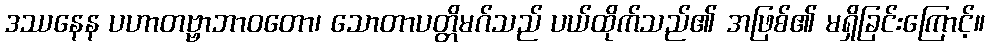
ဒဿနေန ပဟာတဗ္ဗာဘာဝတော၊ သောတာပတ္တိမဂ်သည် ပယ်ထိုက်သည်၏ အဖြစ်၏ မရှိခြင်းကြောင့်။